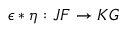
\epsilon * \eta : J F \to K G